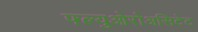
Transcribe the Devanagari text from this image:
फ्ल्युओरोअसिटेट